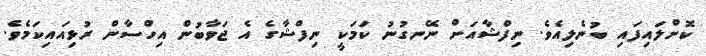
ކޮށްލައިފައި ބުނެލިއެވެ. ނިފްޝާއަށް ނޭނގުނު ކަމަކީ ނިފްޝާގެ އެ ޖަވާބުން އިހްސާން ރުޅިއައިކަމެެވެ.